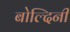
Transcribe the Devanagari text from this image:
बोल्दिनी